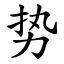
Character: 势